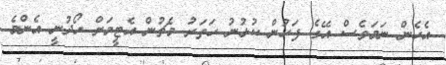
އެހެން ނަމަވެސް އޭގެ ފަހުން ކުޅުނު ހަތަރު މެޗުން އެޓީމަށް ހޯދުނީ އެންމެ